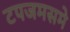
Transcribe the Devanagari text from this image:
टपजमसमे